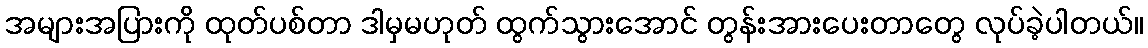
အများအပြားကို ထုတ်ပစ်တာ ဒါမှမဟုတ် ထွက်သွားအောင် တွန်းအားပေးတာတွေ လုပ်ခဲ့ပါတယ်။